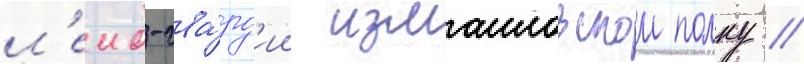
л'еиб-гва́рд'ии измаиловском полку //